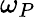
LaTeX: \omega_{P}